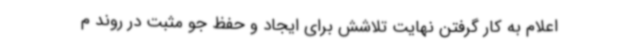
اعلام به کار گرفتن نهایت تلاشش برای ایجاد و حفظ جو مثبت در روند م